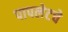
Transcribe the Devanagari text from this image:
पापलेटचे